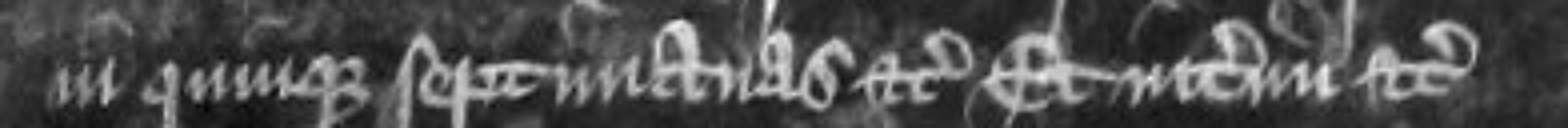
in quinque septimanas etc Et interim etc